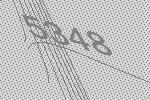
5348